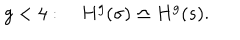
g < 4 : \quad H ^ { g } ( \sigma ) \simeq H ^ { g } ( s ) .